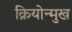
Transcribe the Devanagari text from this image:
क्रियोन्मुख